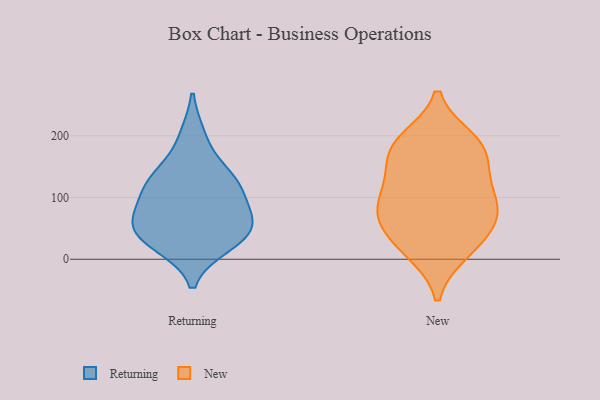
{"axis": {"x": "Net Income (USD K)", "y": "Value"}, "legend": ["New", "Returning"], "data": [{"x": "", "y": 127, "type": "Returning"}, {"x": "", "y": 59, "type": "Returning"}, {"x": "", "y": 132, "type": "Returning"}, {"x": "", "y": 32, "type": "Returning"}, {"x": "", "y": 127, "type": "Returning"}, {"x": "", "y": 68, "type": "Returning"}, {"x": "", "y": 198, "type": "Returning"}, {"x": "", "y": 63, "type": "Returning"}, {"x": "", "y": 101, "type": "Returning"}, {"x": "", "y": 24, "type": "Returning"}, {"x": "", "y": 39, "type": "Returning"}, {"x": "", "y": 142, "type": "New"}, {"x": "", "y": 139, "type": "New"}, {"x": "", "y": 11, "type": "New"}, {"x": "", "y": 62, "type": "New"}, {"x": "", "y": 183, "type": "New"}, {"x": "", "y": 69, "type": "New"}, {"x": "", "y": 107, "type": "New"}, {"x": "", "y": 194, "type": "New"}, {"x": "", "y": 182, "type": "New"}, {"x": "", "y": 185, "type": "New"}, {"x": "", "y": 103, "type": "New"}, {"x": "", "y": 79, "type": "New"}, {"x": "", "y": 36, "type": "New"}, {"x": "", "y": 14, "type": "New"}, {"x": "", "y": 72, "type": "New"}]}